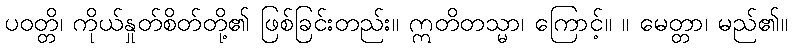
ပဝတ္တိ၊ ကိုယ်နှုတ်စိတ်တို့၏ ဖြစ်ခြင်းတည်း။ ဣတိတသ္မာ၊ ကြောင့်။ ။ မေတ္တာ၊ မည်၏။